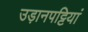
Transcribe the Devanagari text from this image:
उड़ानपट्टियां